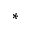
^ *